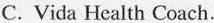
C.vida HealthCoach.